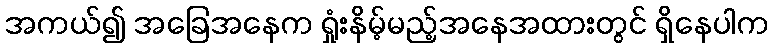
အကယ်၍ အခြေအနေက ရှုံးနိမ့်မည့်အနေအထားတွင် ရှိနေပါက